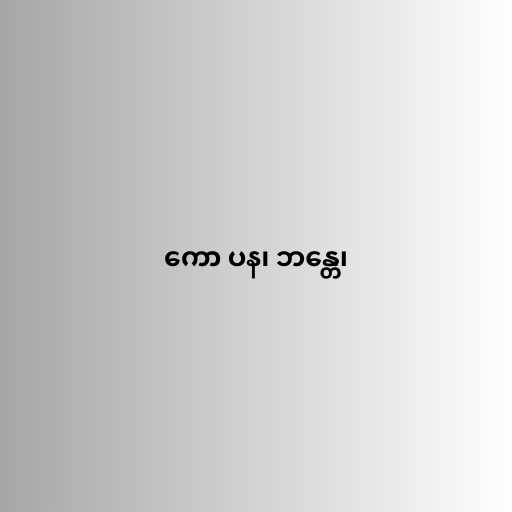
ကော ပန၊ ဘန္တေ၊